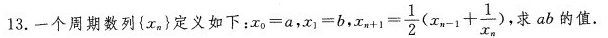
13.一个周期数列( x _{ n } }定义如下：$$x _ { 0 } = a$$，$$x _ { 1 } = b$$,$$x _ { n + 1 } = \frac { 1 } { 2 } ( x _ { n - 1 } + \frac { 1 } { x _ { n } } )$$ ，求ab的值。